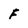
Character: F